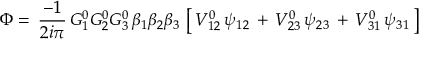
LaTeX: \Phi = \, { \frac { - 1 } { 2 i \pi } } \, G _ { 1 } ^ { 0 } G _ { 2 } ^ { 0 } G _ { 3 } ^ { 0 } \, \beta _ { 1 } \beta _ { 2 } \beta _ { 3 } \, \left[ \, V _ { 1 2 } ^ { 0 } \, \psi _ { 1 2 } \, + \, V _ { 2 3 } ^ { 0 } \, \psi _ { 2 3 } \, + \, V _ { 3 1 } ^ { 0 } \, \psi _ { 3 1 } \, \right]